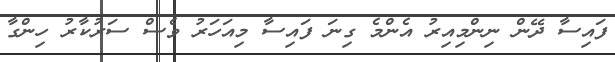
ފައިސާ ދޭން ނިންމިއިރު އެންމެ ގިނަ ފައިސާ މިއަހަރު ވެސް ސަރުކާރު ހިންގާ